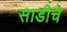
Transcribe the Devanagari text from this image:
साडीचे